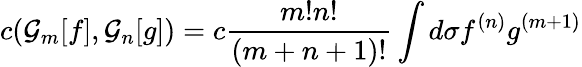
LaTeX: c({\cal G}_{m}[f],{\cal G}_{n}[g])=c{\frac{m!n!}{(m+n+1)!}}\int d\sigma f^{(n)}g^{(m+1)}